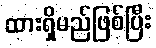
ထားရှိမည်ဖြစ်ပြီး